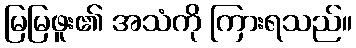
မြမြဖူး၏ အသံကို ကြားရသည်။